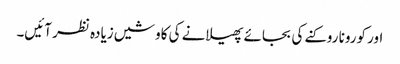
اور کورونا روکنے کی بجائے پھیلانے کی کاوشیں زیادہ نظر آئیں۔